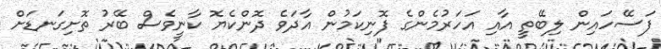
ފަސޭހައިން ލިބޭތީ އާއި އަހަރުމެންގެ ފޮނިކަމުން އާދަވެ ދޮންކެޔޮ ކާނީވެސް ބޭރު ތޮށިގަނޑަށް